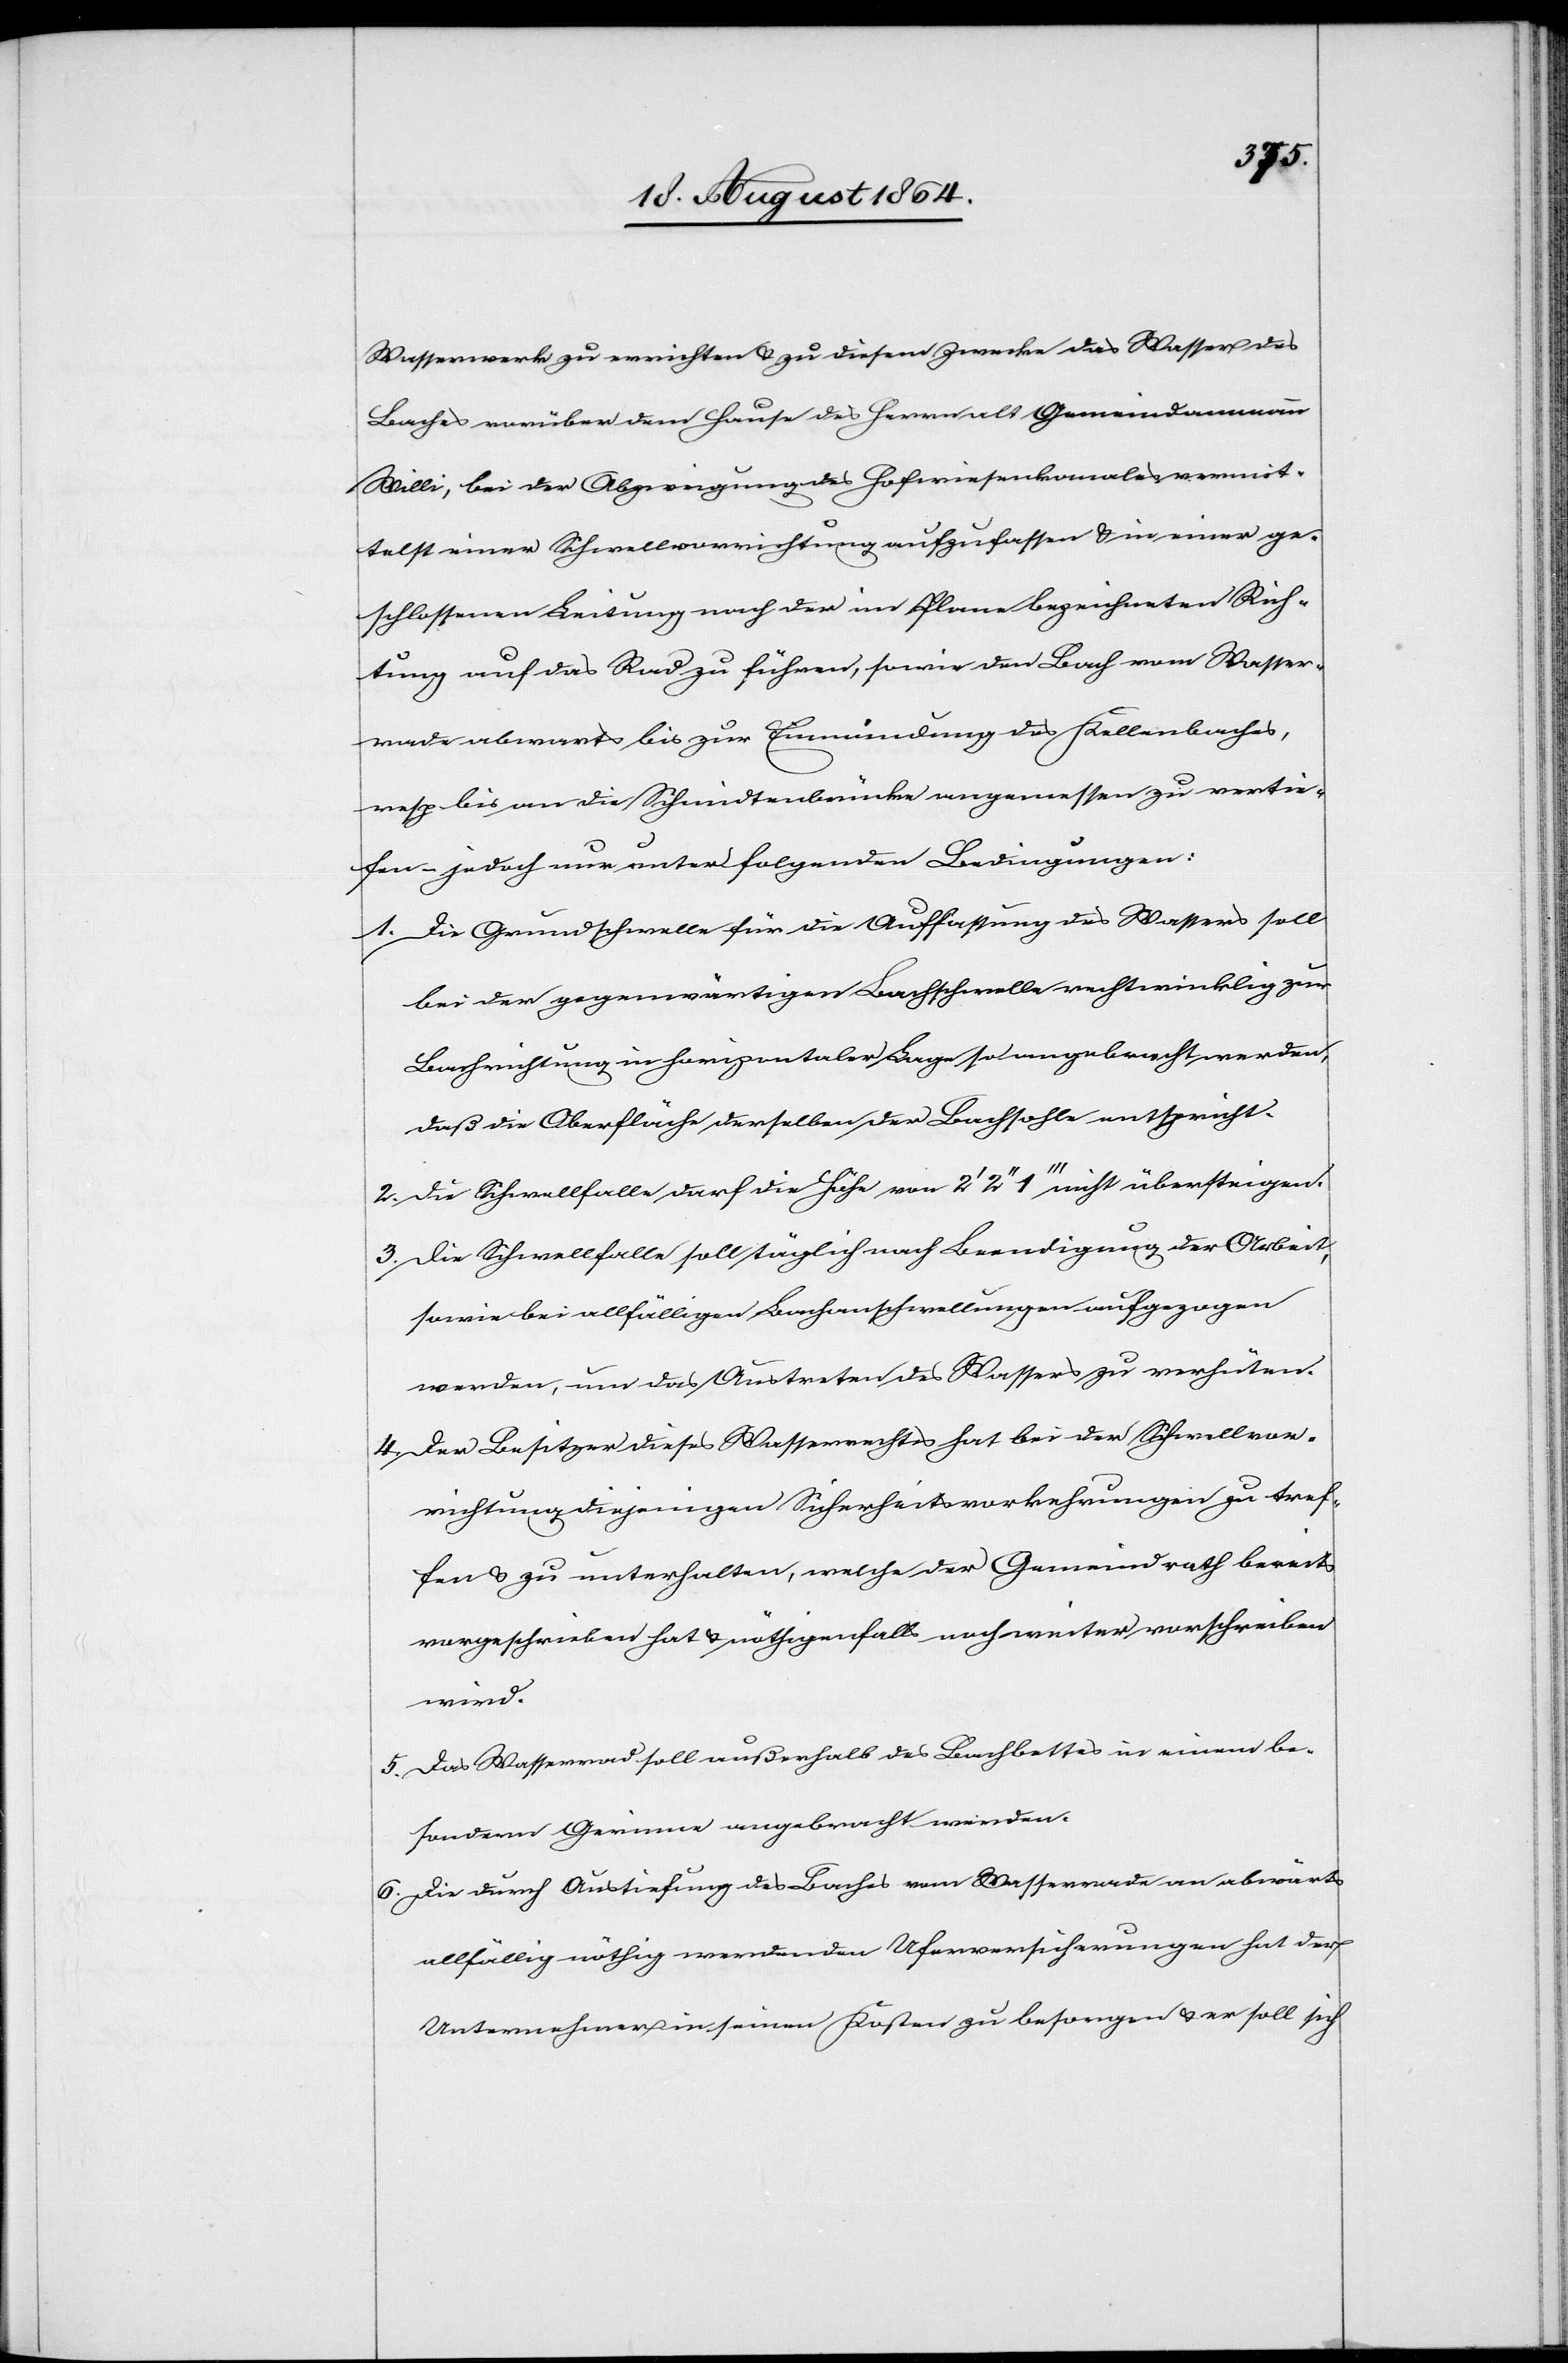
Wasserwerk zu errichten & zu diesem Zwecke das Wasser des
Baches vorüber dem Hause des Herrn alt Gemeindammann
Willi, bei der Abzweigung des Hofwiesenkanales vermit¬
telst einer Schwellvorrichtung aufzufassen & in einer ge¬
schlossenen Leitung nach der im Plane bezeichneten Rich¬
tung auf das Rad zu führen, sowie den Bach vom Wasser¬
rade abwarts [sic!] bis zur Einmündung des Kellenbaches,
resp. bis an die Schmidtenbrücke angemessen zu vertie¬
fen – jedoch nur unter folgenden Bedingungen:
1.	Die Grundschwelle für die Auffassung des Wassers soll
bei der gegenwärtigen Bachschwelle rechtwinklig zur
Bachrichtung in horizontaler Lage so angebracht werden,
daß die Oberfläche derselben der Bachsohle entspricht.
2.	Die Schwellfalle darf die Höhe von 2’ 2’’ 1’’’ nicht übersteigen.
3.	Die Schwellfalle soll täglich nach Beendigung der Arbeit,
sowie bei allfälligen Bachanschwellungen aufgezogen
werden, um das Austreten des Wassers zu verhüten.
4.	Der Besitzer dieses Wasserrechtes hat bei der Schwellvor¬
richtung diejenigen Sicherheitsvorkehrungen zu tref¬
fen & zu unterhalten, welche der Gemeindrath bereits
vorgeschrieben hat & nöthigenfalls noch weiter vorschreiben
wird.
5.	Das Wasserrad soll außerhalb des Bachbettes in einem be¬
sondern Gerinne angebracht werden.
6. 	Die durch Austiefung des Baches vom Wasserrade an abwärts
allfällig nöthig werdenden Uferversicherungen hat der
Unternehmer in seinen Kosten zu besorgen & er soll sich